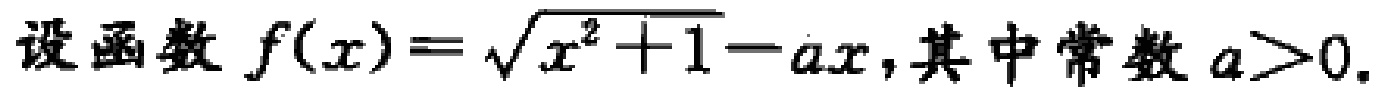
设函数 \(f(x)=\sqrt{x^{2}+1}-ax\),其中常数 \(a > 0\).